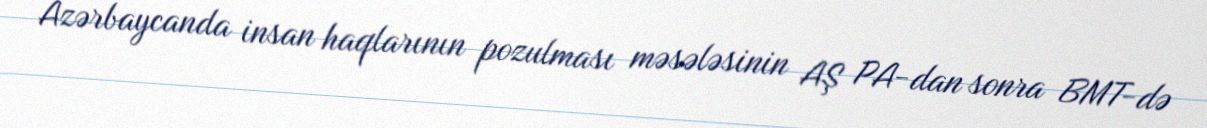
Azərbaycanda insan haqlarının pozulması məsələsinin AŞ PA-dan sonra BMT-də